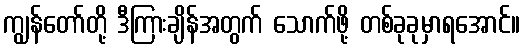
ကျွန်တော်တို့ ဒီကြားချိန်အတွက် သောက်ဖို့ တစ်ခုခုမှာရအောင်။